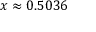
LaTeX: x \approx 0 . 5 0 3 6